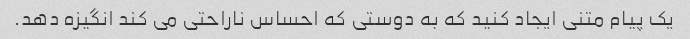
یک پیام متنی ایجاد کنید که به دوستی که احساس ناراحتی می کند انگیزه دهد.